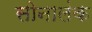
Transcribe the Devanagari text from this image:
सोनालंक